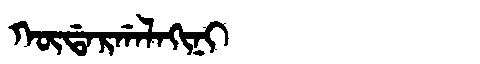
Manchu: ᡴᡡᡩᠠᡵᡤᠠᠯᠠᡴᡳᠨᡳ
Romanization: KŪDARGALAKINI